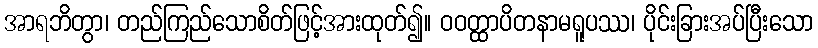
အာရဘိတွာ၊ တည်ကြည်သောစိတ်ဖြင့်အားထုတ်၍။ ဝဝတ္ထာပိတနာမရူပဿ၊ ပိုင်းခြားအပ်ပြီးသော